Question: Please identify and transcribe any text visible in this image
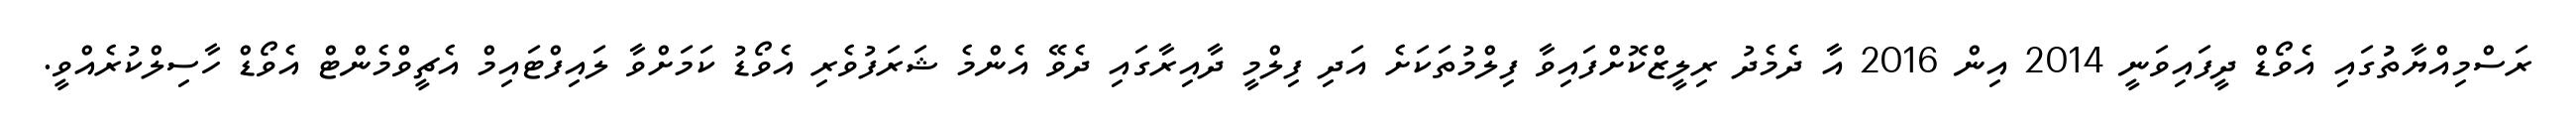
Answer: ރަސްމިއްޔާތުުގައި އެވޯޑް ދީފައިވަނީ 2014 އިން 2016 އާ ދެމެދު ރިލީޒްކޮށްފައިވާ ފިލްމުތަކަށެ އަދި ފިލްމީ ދާއިރާގައި ދެވޭ އެންމެ ޝަރަފުވެރި އެވޯޑު ކަމަށްވާ ލައިފްޓައިމް އެޗީވްމެންޓް އެވޯޑް ހާސިލްކުރެއްވީ.